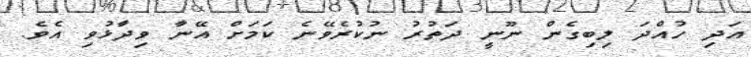
އަދި ހުއްދަ ލިބިގެން ނޫނީ ދަތުރު ނުކުރެވޭނެ ކަމަށް އޭނާ ވިދާޅުވި އެވެ.